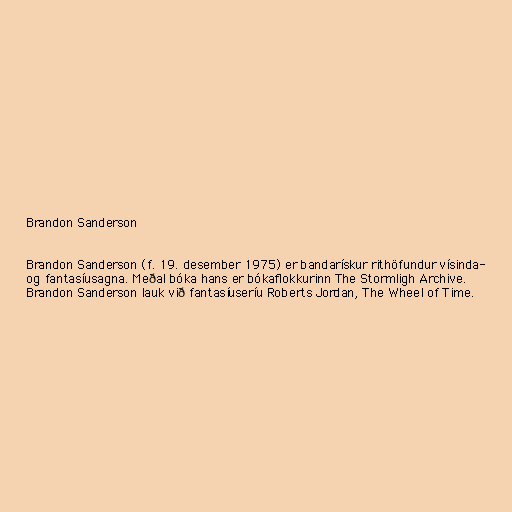
Brandon Sanderson

Brandon Sanderson (f. 19. desember 1975) er bandarískur rithöfundur vísinda-
og fantasíusagna. Meðal bóka hans er bókaflokkurinn The Stormligh Archive.
Brandon Sanderson lauk við fantasíuseríu Roberts Jordan, The Wheel of Time.